Vaccination in Bombay 1869-1873 - 1869-1873
Year: 1869
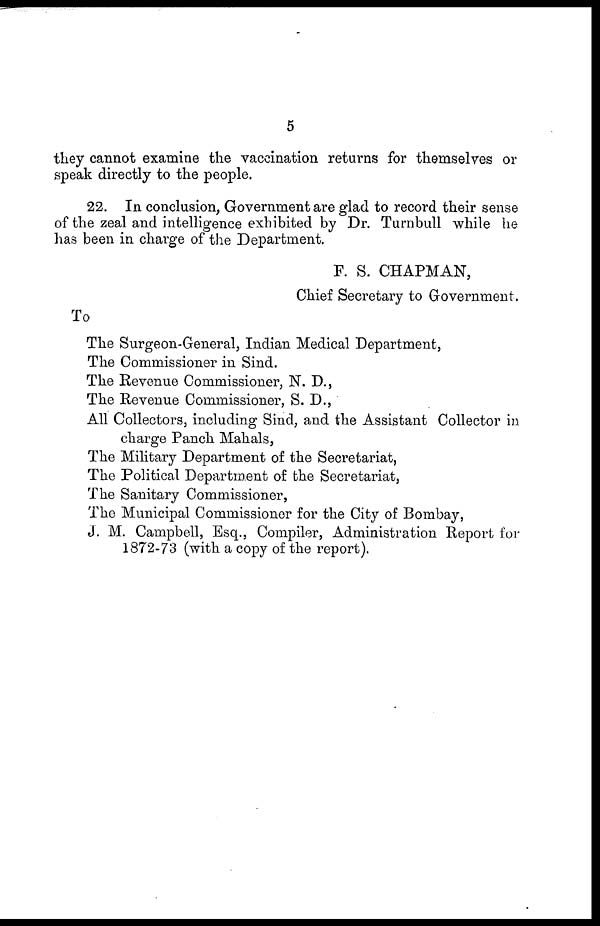
5
they cannot examine the vaccination returns for themselves or
speak directly to the people.
22. In conclusion, Government are glad to record their sense
of the zeal and intelligence exhibited by Dr. Turnbull while he
has been in charge of the Department.
F. S. CHAPMAN,
Chief Secretary to Government.
To
The Surgeon-General, Indian Medical Department,
The Commissioner in Sind.
The Revenue Commissioner, N. D.,
The Revenue Commissioner, S. D.,
All Collectors, including Sind, and the Assistant Collector in
charge Panch Mahals,
The Military Department of the Secretariat,
The Political Department of the Secretariat,
The Sanitary Commissioner,
The Municipal Commissioner for the City of Bombay,
J. M. Campbell, Esq., Compiler, Administration Report for
1872-73 (with a copy of the report).